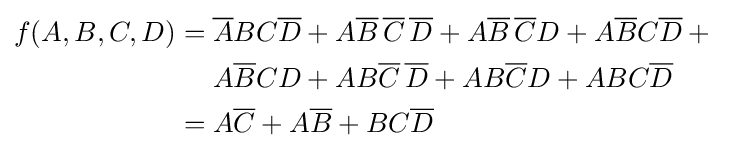
{\begin{aligned}f(A,B,C,D)={}&{\overline {A}}BC{\overline {D}}+A{\overline {B}}\,{\overline {C}}\,{\overline {D}}+A{\overline {B}}\,{\overline {C}}D+A{\overline {B}}C{\overline {D}}+{}\\&A{\overline {B}}CD+AB{\overline {C}}\,{\overline {D}}+AB{\overline {C}}D+ABC{\overline {D}}\\={}&A{\overline {C}}+A{\overline {B}}+BC{\overline {D}}\end{aligned}}